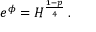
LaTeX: e ^ { \phi } = H ^ { \frac { 1 - p } { 4 } } \, .